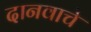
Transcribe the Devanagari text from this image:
दानवाचे